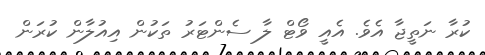
ކުރާ ނަތީޖާ އެވެ. އެއީ ވޯޓް ލާ ސެންޓަރު ތަކުން އިއުލާން ކުރަން